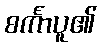
စင်္ကာပူ၏